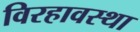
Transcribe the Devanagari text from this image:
विरहावस्था